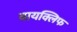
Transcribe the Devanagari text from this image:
वायक्लिफ